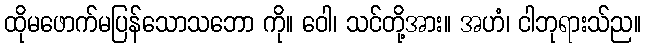
ထိုမဖောက်မပြန်သောသဘော ကို။ ဝေါ၊ သင်တို့အား။ အဟံ၊ ငါဘုရားသ်ည။